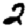
Digit: 2